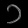
Digit: ၁